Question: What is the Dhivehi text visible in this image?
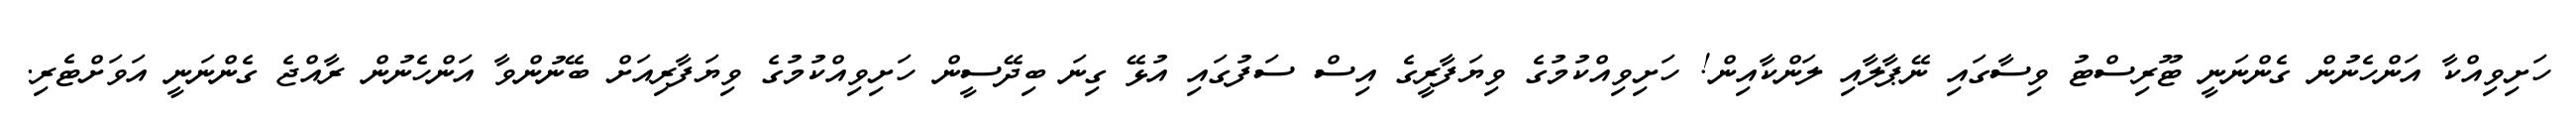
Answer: ހަށިވިއްކާ އަންހެނުން ގެންނަނީ ޓޫރިސްޓު ވިސާގައި ނޭޕާލާއި ލަންކާއިން! ހަށިވިއްކުމުގެ ވިޔަފާރީގެ އިސް ސަފުގައި އުޅޭ ގިނަ ބިދޭސީން ހަށިވިއްކުމުގެ ވިޔަފާރިއަށް ބޭނުންވާ އަންހެނުން ރާއްޖެ ގެންނަނީ އަވަށްޓެރި.